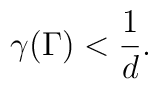
\gamma(\Gamma) < \frac{1}{d}.